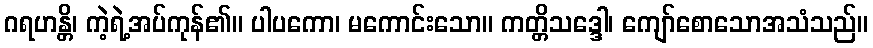
ဂရဟန္တိ၊ ကဲ့ရဲ့အပ်ကုန်၏။ ပါပကော၊ မကောင်းသော။ ကတ္တိသဒ္ဒေါ၊ ကျော်စောသောအသံသည်။